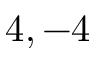
4 , - 4